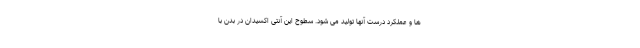
ها و عملکرد درست آنها تولید می شود. سطوح این آنتی اکسیدان در بدن با